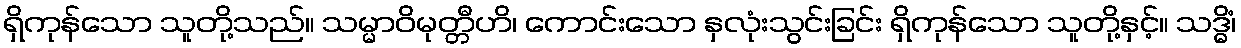
ရှိကုန်သော သူတို့သည်။ သမ္မာဝိမုတ္တီဟိ၊ ကောင်းသော နှလုံးသွင်းခြင်း ရှိကုန်သော သူတို့နှင့်။ သဒ္ဓိံ၊